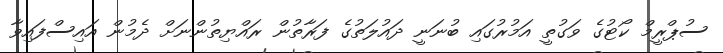
ސުޕްރީމް ކޯޓުގެ ވަގުތީ އަމުރުގައި ބުނަނީ ދައުލަތުގެ ފަރާތުން ރައްޔިތުންނަށް ދެމުން އައިސްފައިވާ